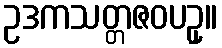
ဥဒကသတ္တဇဝပဥှ။